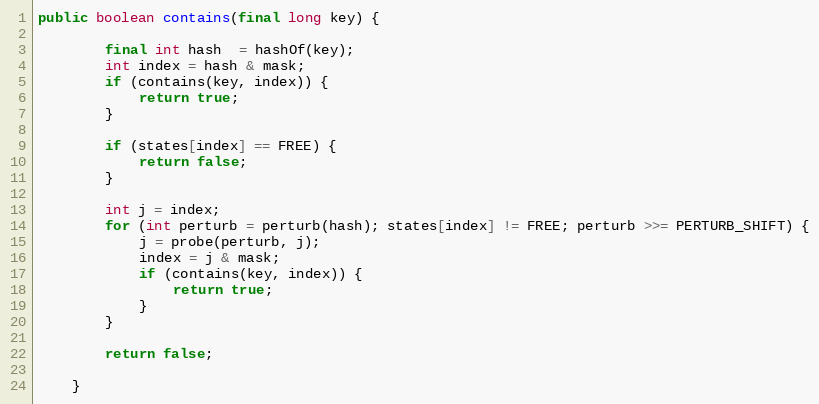
Language: Java
public boolean contains(final long key) {

        final int hash  = hashOf(key);
        int index = hash & mask;
        if (contains(key, index)) {
            return true;
        }

        if (states[index] == FREE) {
            return false;
        }

        int j = index;
        for (int perturb = perturb(hash); states[index] != FREE; perturb >>= PERTURB_SHIFT) {
            j = probe(perturb, j);
            index = j & mask;
            if (contains(key, index)) {
                return true;
            }
        }

        return false;

    }